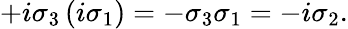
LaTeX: \begin{array}{r}{+i\sigma_{3}\left(i\sigma_{1}\right)=-\sigma_{3}\sigma_{1}=-i\sigma_{2}.}\end{array}